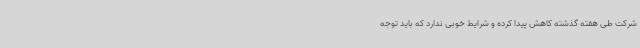
شرکت طی هفته گذشته کاهش پیدا کرده و شرایط خوبی ندارد که باید توجه